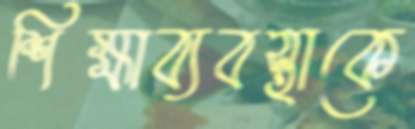
শিক্ষাব্যবস্থাকে